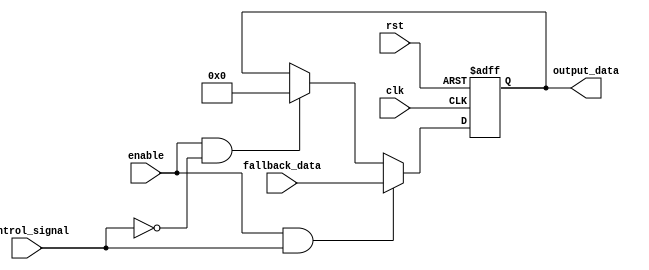
module Fallback_Bypass_Register(
    input clk,
    input rst,
    input enable,
    input control_signal,
    input [7:0] fallback_data,
    output reg [7:0] output_data
);

reg fallback_enable;

always @(posedge clk or posedge rst) begin
    if (rst == 1'b1) begin
        fallback_enable <= 1'b0;
        output_data <= 8'b0;
    end else if (enable == 1'b1 && control_signal == 1'b1) begin
        fallback_enable <= 1'b1;
        output_data <= fallback_data;
    end else if (enable == 1'b1 && control_signal == 1'b0) begin
        fallback_enable <= 1'b0;
        output_data <= 8'b0;
    end
end

endmodule